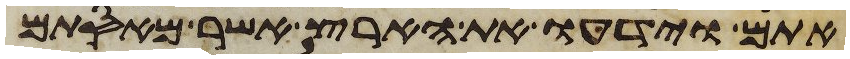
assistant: אתם וידעו את הארץ אשר מאסתם